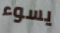
يسوء